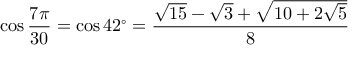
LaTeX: \cos { \frac { 7 \pi } { 3 0 } } = \cos 4 2 ^ { \circ } = { \frac { { \sqrt { 1 5 } } - { \sqrt { 3 } } + { \sqrt { 1 0 + 2 { \sqrt { 5 } } } } } { 8 } }